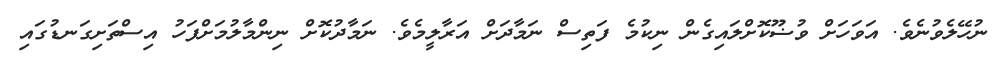
ނުހޭލެވުނެވެ. އަވަހަށް ވުޟޫކޮށްލައިގެން ނިކުމެ ފަތިސް ނަމާދަށް އަރާލީމެވެ. ނަމާދުކޮށް ނިންމާލުމަށްފަހު އިސްތަށިގަނޑުގައި